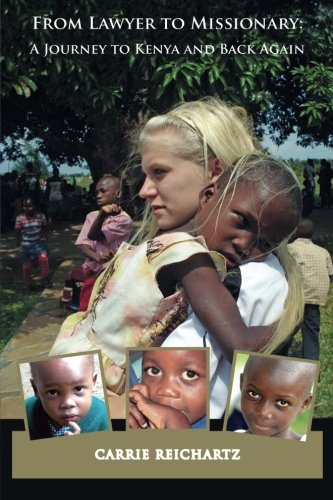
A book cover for From Lawyer to Missionary: A Journey to Kenya and Back Again (Volume 1); Carrie L. Reichartz; Travel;